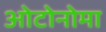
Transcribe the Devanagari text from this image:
ओटोनोमा